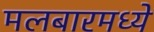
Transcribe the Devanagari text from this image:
मलबारमध्ये